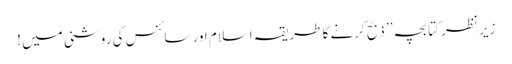
زیر نظر کتابچہ ’’ ذبح کرنے کا طریقہ اسلام اور سائنس کی روشنی میں !